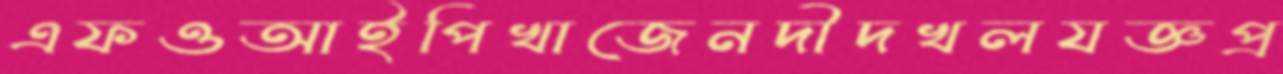
এফওআইপিখাজেনদীদখলযজ্ঞপ্র